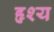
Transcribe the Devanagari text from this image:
हृश्य